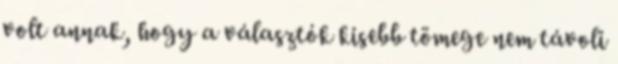
volt annak, hogy a választók kisebb tömege nem távoli